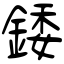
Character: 錗